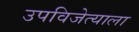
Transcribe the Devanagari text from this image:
उपविजेत्याला